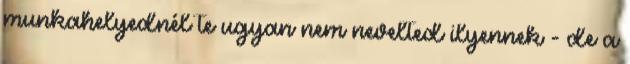
munkahelyednél te ugyan nem nevelted ilyennek - de a